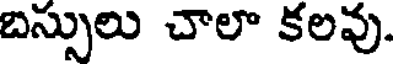
బస్సులు చాలా కలవు.